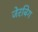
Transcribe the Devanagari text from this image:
जेरबिग